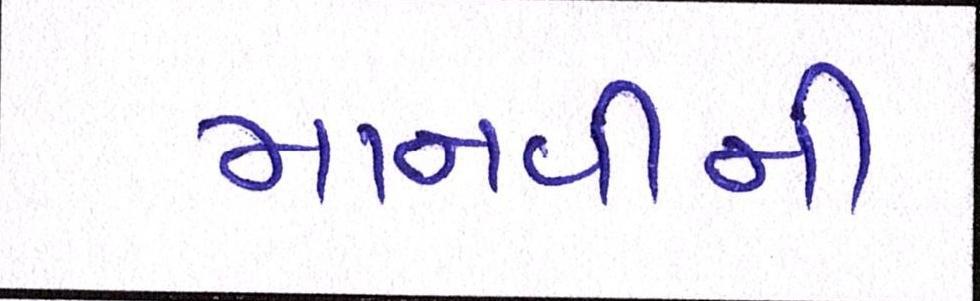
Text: માનવીની